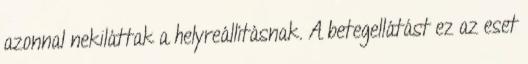
azonnal nekiláttak a helyreállításnak. A betegellátást ez az eset